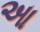
આ